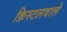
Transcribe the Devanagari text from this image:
क्रिस्टलवाले